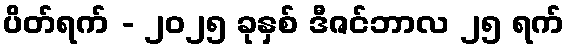
ပိတ်ရက် - ၂၀၂၅ ခုနှစ် ဒီဇင်ဘာလ ၂၅ ရက်